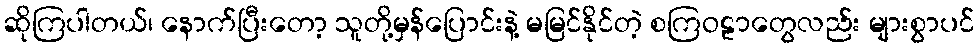
ဆိုကြပါတယ်၊ နောက်ပြီးတော့ သူတို့မှန်ပြောင်းနဲ့ မမြင်နိုင်တဲ့ စကြဝဠာတွေလည်း များစွာပင်